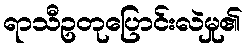
ရာသီဥတုပြောင်းလဲမှု၏